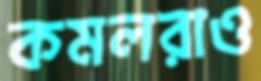
কমলরাও